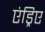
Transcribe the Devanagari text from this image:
एंड्रिए